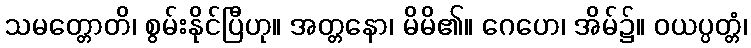
သမတ္တောတိ၊ စွမ်းနိုင်ပြီဟု။ အတ္တနော၊ မိမိ၏။ ဂေဟေ၊ အိမ်၌။ ဝယပ္ပတ္တံ၊